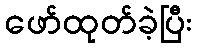
ဖော်ထုတ်ခဲ့ပြီး